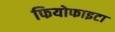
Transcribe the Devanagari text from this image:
फियोफाइटा